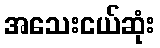
အသေးငယ်ဆုံး